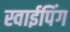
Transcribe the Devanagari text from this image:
स्वाईपिंग